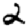
Digit: 2